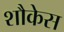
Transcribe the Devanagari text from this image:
शौकेस